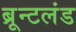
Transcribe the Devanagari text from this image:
ब्रून्टलंड